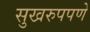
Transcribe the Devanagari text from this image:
सुखरुपपणे